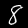
Label: 8